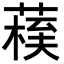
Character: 𦺀